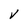
Character: V